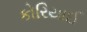
કોરિયાઈ